Senior Leaving Certificate Examination (including Day School Certificate (Higher) General paper), 1950
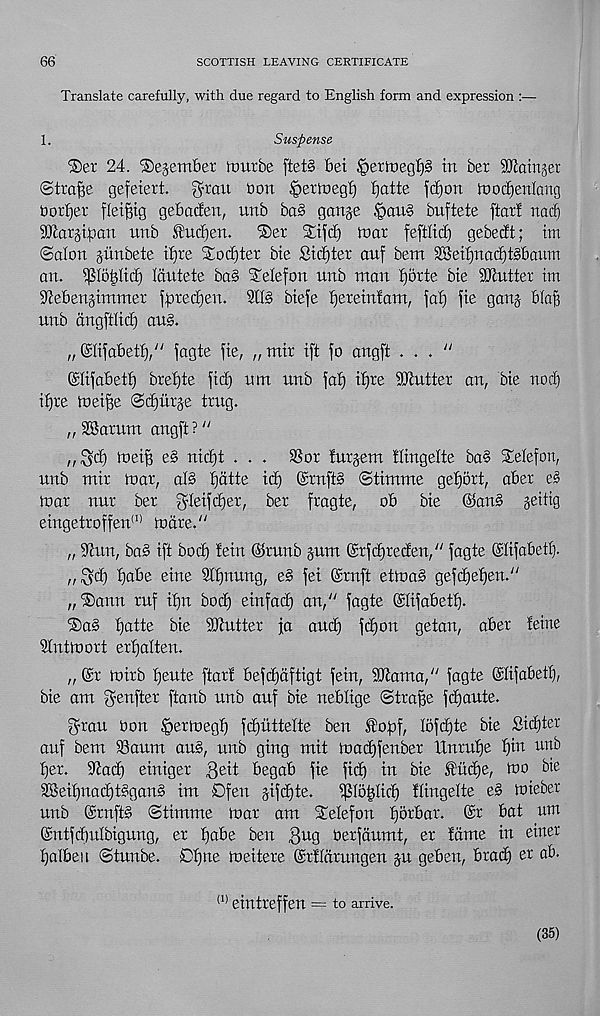
66
SCOTTISH LEAVING CERTIFICATE
Translate carefully, with due regard to English form and expression :—
1.
Suspense
®er 24. ®e§ember ftmrbe ftet3 bei
in bet Ramjet
(Strafe gefeiett. ^rait bon ^ettoeg!) fjatte fbfion tnod^enlang
bother flei^ig gebaden, unb ba§ ganje |>an§ buftete ftarl nacf)
SJiargiban unb £ucf)en.
i&et Stifd) mat feftlicf) gebecEt; tm
©alon giinbete i£)te Sodjtet bie Sicf)tet auf bent SSetjjnacfit&baum
an. ^(obltci) Iciutete ba§ STelefon unb man Jjotte bie Sbluttet im
^ebengimmet fpte(f)en. 2tl§ biefe ^eteinfam, jaf) fie gang bfajf
unb angftlicf) aug.
„@Iifabet^/ / fagte fie, „mit ift fo angft ..."
(Slifabetf) btei)te fid) nm nub fa!) i^te 5!}!uttet an, bie nod)
ifjte toei^e (3d)ntge tmg.
„SC3atum angft?"
,,^d) tueif) e§ nid)t . . . SSot futgem Itingelte bag Selefon,
unb mit mat, alg tjdtte id) (gtnftg (Stimme getjott, abet eg
mat nut bet gleifdjet, bet ftagte,
ob bie ©ang geitig
eingettoffen (1) mate."
„ 9hm, bag ift bod) tein ®tunb gum @tfd)teden," fagte ©lifabetl).
„$d) f)abe eine 2tt)nung, eg fei @tnft etmag gefdjefjen."
„®ann tuf if)n bod) einfad) an," fagte (Stifabett).
©ag t)atte bie iDhxttet fa auc^ fd)on getan, abet feme
Slntmott ettjalten.
„ (St mitb tjente ftat! befdjdftigt fein, 9Jtama," fagte (Slifabett),
bie am $enftet ftanb unb auf bie nebtige (Stta^e fct)aute.
gran bon |>etmegf) fdjuttelte ben fopf, Iofd)te bie Sidjter
auf bem 23aum aug, unb ging mit madffenbet Untupe f)in unb
pet. S^ad) einiget %t\t begab fie fid) in bie $ud)e, mo bie
3Beipnad)tggang im Ofen gifdpte.
i}5IopIicp Itingelte eg miebet
unb (Stnftg ©timme mat am Stetefon potbat. (St bat urn
(Sntfdjulbigung, er pabe ben gug Oetfdumt, et lame in einet
palbeu ©tunbe. Dpne meitete ©tltdtungen gu geben, btacp et ab.
(1) eintreffen = to arrive.
(35)